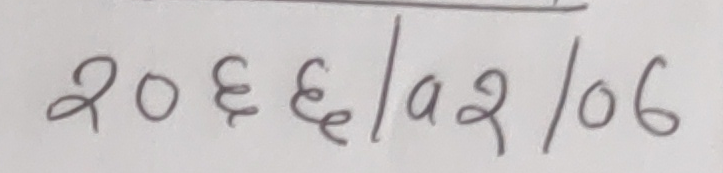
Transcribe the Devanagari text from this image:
२०६६/०२/०६